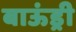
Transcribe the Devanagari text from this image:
बाऊंड्री